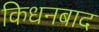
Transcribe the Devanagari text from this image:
किधनबाद